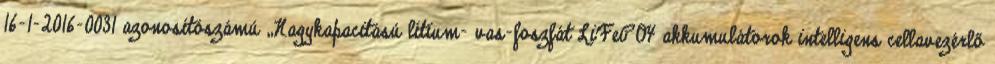
16-1-2016-0031 azonosítószámú „Nagykapacitású lítium- vas-foszfát LiFePO4 akkumulátorok intelligens cellavezérlő